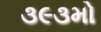
૩૯૩મો